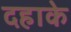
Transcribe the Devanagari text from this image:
दहाके